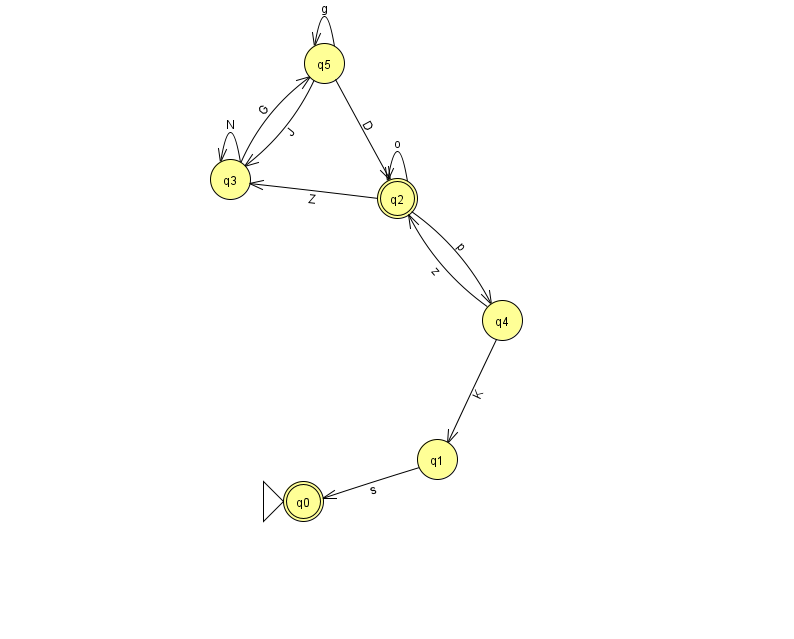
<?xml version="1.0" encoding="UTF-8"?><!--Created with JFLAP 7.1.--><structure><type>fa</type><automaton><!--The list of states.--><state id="0" name="q0"><x>303.0</x><y>488.0</y><initial/><final/></state><state id="1" name="q1"><x>437.0</x><y>446.0</y></state><state id="2" name="q2"><x>397.0</x><y>185.0</y><final/></state><state id="3" name="q3"><x>230.0</x><y>166.0</y></state><state id="4" name="q4"><x>502.0</x><y>307.0</y></state><state id="5" name="q5"><x>324.0</x><y>50.0</y></state><!--The list of transitions.--><transition><from>1</from><to>0</to><read>s</read></transition><transition><from>4</from><to>2</to><read>z</read></transition><transition><from>5</from><to>3</to><read>J</read></transition><transition><from>5</from><to>5</to><read>g</read></transition><transition><from>3</from><to>5</to><read>G</read></transition><transition><from>2</from><to>4</to><read>p</read></transition><transition><from>4</from><to>1</to><read>K</read></transition><transition><from>5</from><to>2</to><read>D</read></transition><transition><from>2</from><to>3</to><read>Z</read></transition><transition><from>3</from><to>3</to><read>N</read></transition><transition><from>2</from><to>2</to><read>o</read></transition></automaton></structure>